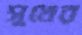
সুখের